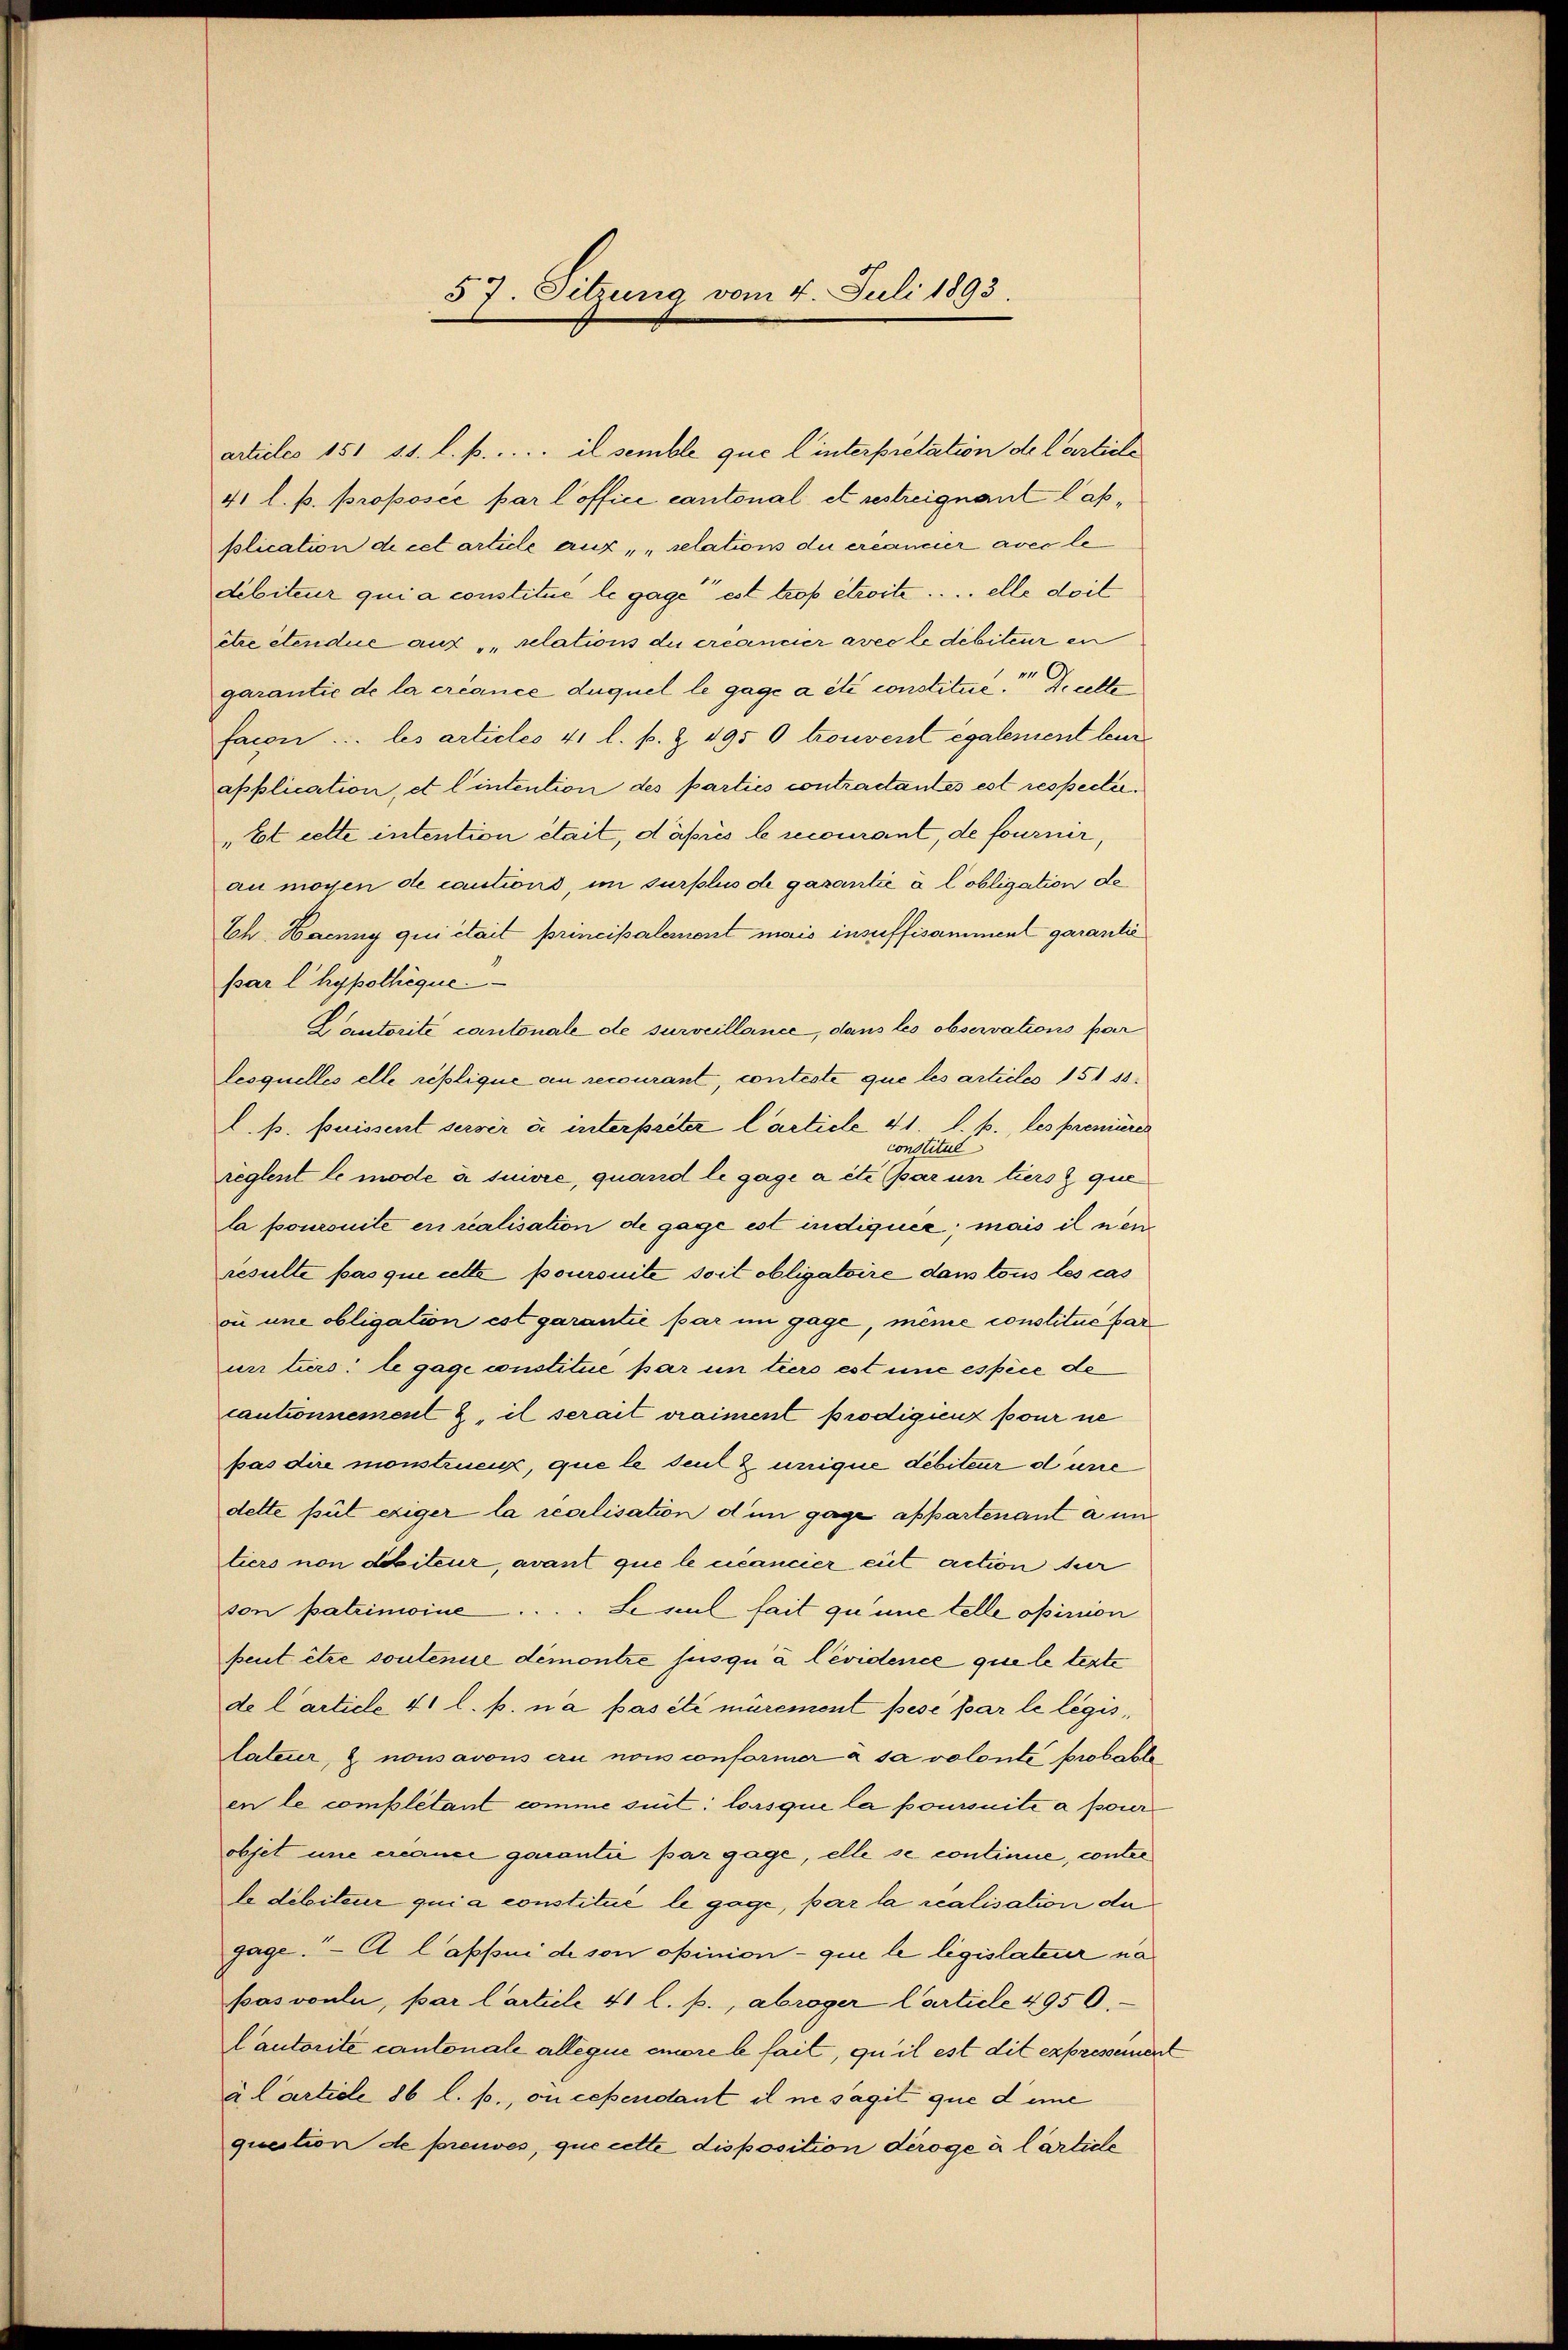
57. Sitzung vom 4. Juli 1893.

articles 151 11. l. p. .... il semble que l’interpretation de larticle
41 l. p. proposée par l’office cantonal et restreignant lasplication de cet article auf „ „relations du créancier avec ledebiteur qui a constitue le gage est trop étroite.... elle doit
être étendue aus „relations du créancier avec le débiteur en
garantie de la créance duquel le gage a été constitue. Diette
facon ... les articles 41 l. s. Z. 495 0 trouvent également leur
application, et l’intention des parties contradantes est respecti¬
„Et cette intention était, d’après le recourant, de fourner
au mögen de cautions, im surplus de garantie à lobligation de
Ch. Haenny qui était principalement mais insuffisamment garantie
par l’hypothèque.
Cautorité cantonale de surveillance, dans les observations par
lesquelles elle replique an recourant, conteste que les articles 151 35.
l. p. puissent server u. unterpreter Carticle 41. l. p., les premieres
constitul
reglent le mode à suivre, quand le gage a été (par un tiers z que
la poursuite er realisation de gage est indiquer; mais il nen
resulte pas que cette poursuite soit obligatoire dans tous les cas
ou une obligation est garantie par im gage, même constitué par
un turs: le gage constitue par un tiers est une espèce de
cautionnement 2, il serait vraiment prodigienz pour ne
pas dire monstruenz, que le deut & unique debiteur dure
dette put exiger la realisation den gage appartenant a un
tiers non debiteur, avant que le cancier eit action hier
son patrimoine .... Le seul fait qu’une telle opinion
peut être soutenue demontre jusqu’ à Cévidence que le terte
de l’article 41 l. p. n’a pas été mürement pese par le légis,
lateur, & nousavous ern nous conformer à sa volonté probable
en le complétant comme suit: lorsque la poursuite a pour
objet une créance garantie par gage, elle se continne, conter
le debiteur qui a constitué le gage, par la realisation de
gage. Al Capsui de son opinion- que le législateur napasvouli, par l’article 41 l. p., abroger Carticle 4950.
Cautorité cantonale alleque encore le fait, qu’il est dit expressement
u. Carticle 86 l. p., ou cependant il ne sagit que deine
question de preuves, que cette disposition deroge à larticle